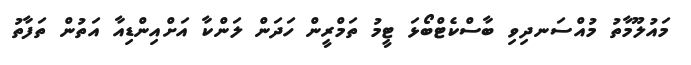
މައުލޫމާތު މުއްސަނދިވި ބާސްކެޓްބޯޅަ ޓީމު ތަމްރީން ހަދަން ލަންކާ އަށްއިންޑިއާ އަތުން ތަފާތު